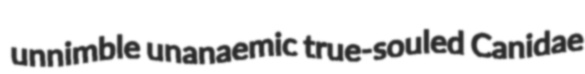
unnimble unanaemic true-souled Canidae